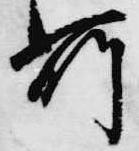
所